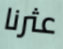
عثرنا